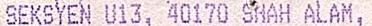
SEKSYEN U13, 40170 SHAH ALAM,